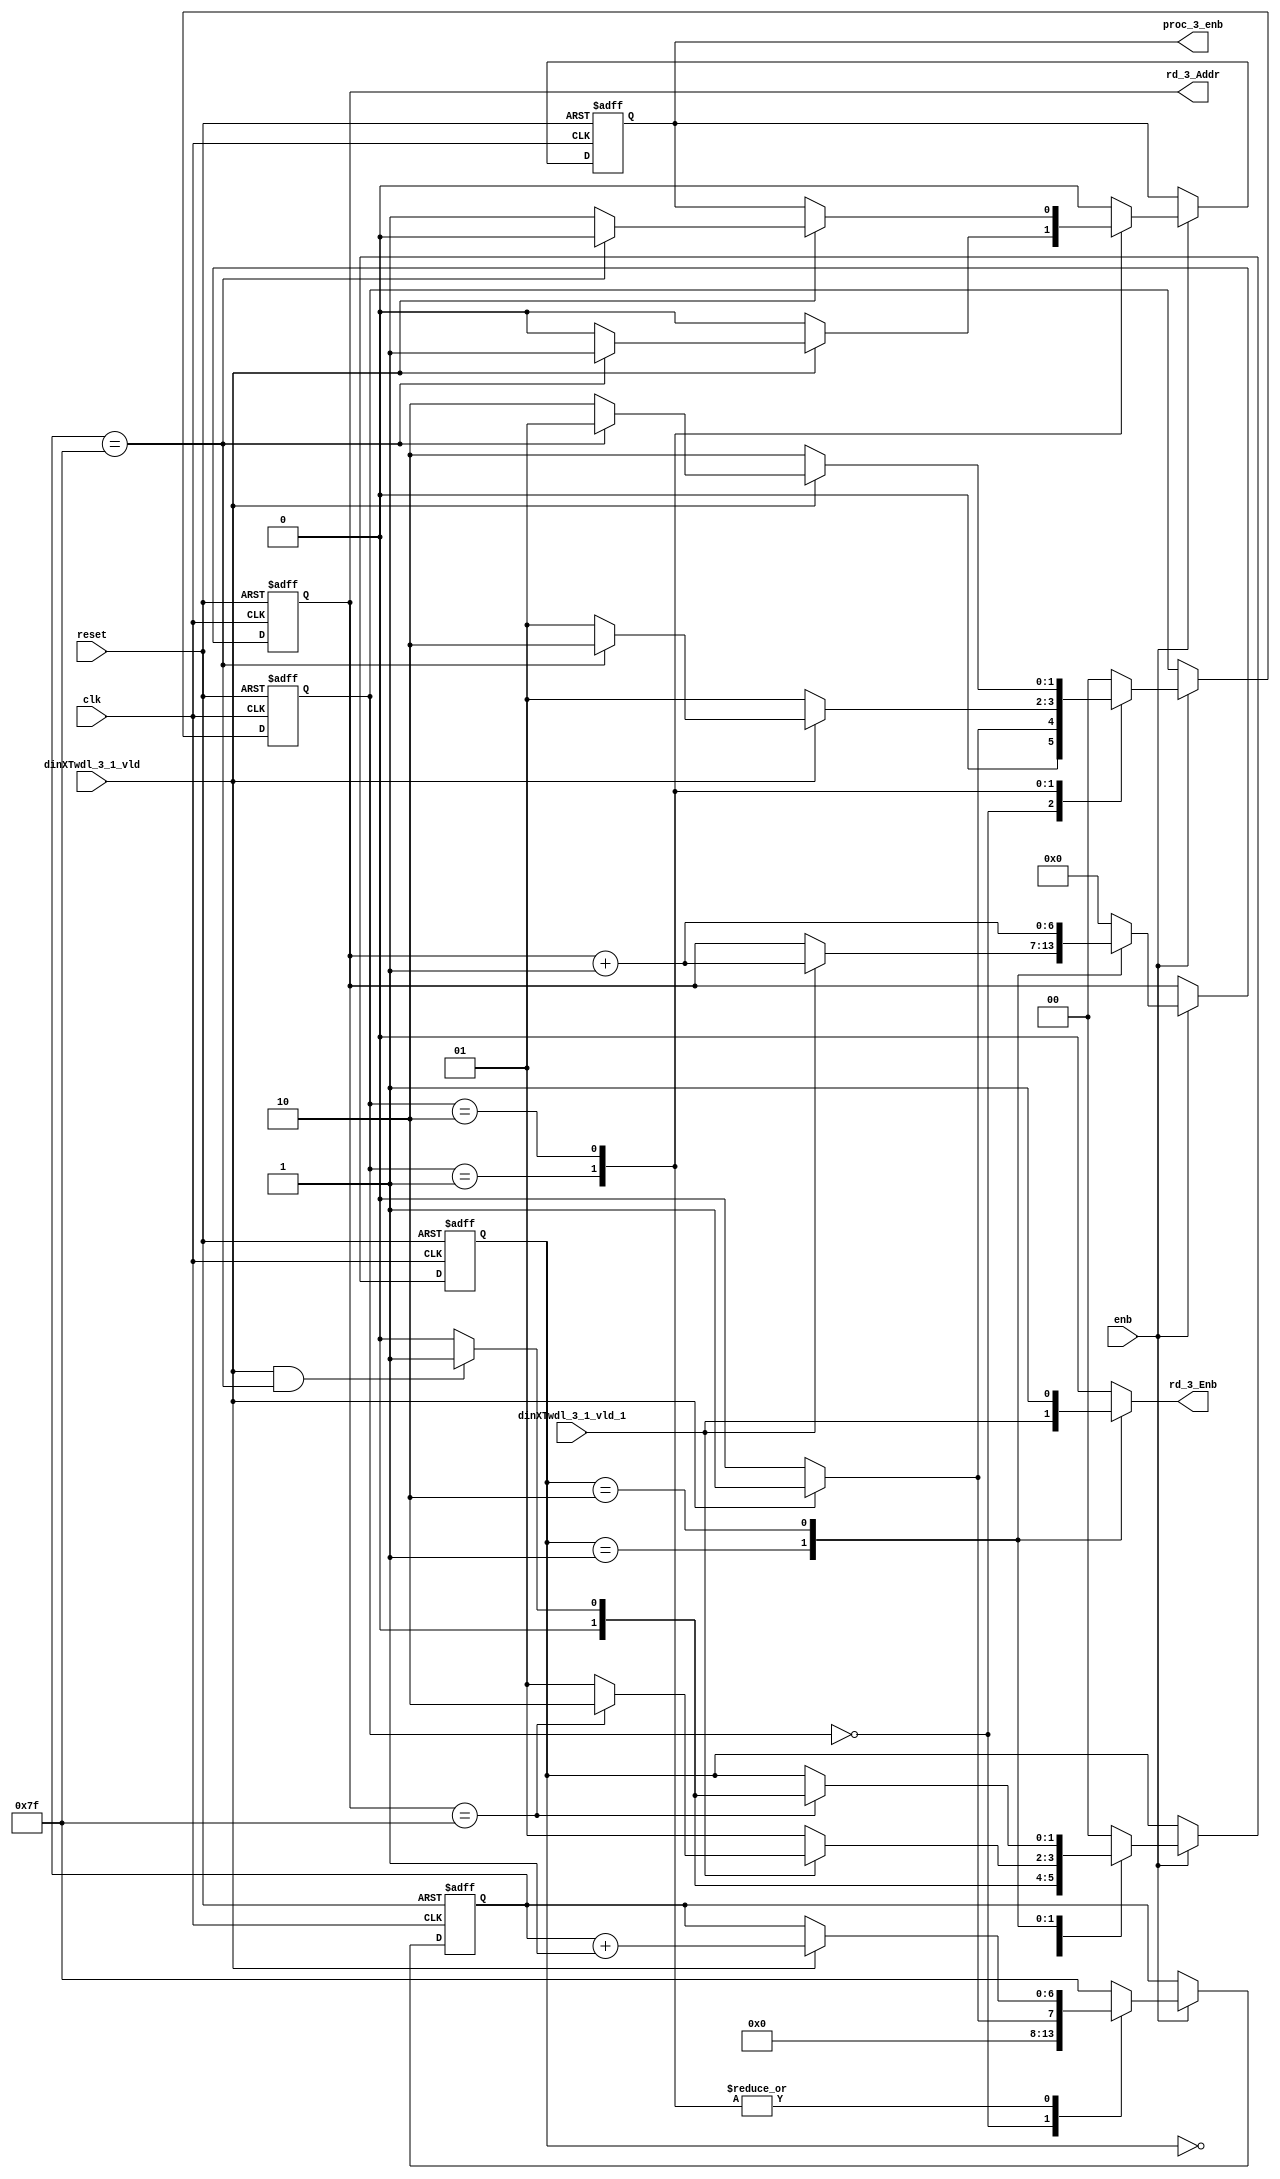
// -------------------------------------------------------------
// 
// 
// Generated by MATLAB 9.13 and HDL Coder 4.0
// 
// -------------------------------------------------------------


// -------------------------------------------------------------
// 
// Module: RADIX22FFT_CTRL1_3
// Source Path: tb_FFT/DUT/FFT/RADIX22FFT_CTRL1_3
// Hierarchy Level: 2
// 
// -------------------------------------------------------------

`timescale 1 ns / 1 ns

module RADIX22FFT_CTRL1_3
          (clk,
           reset,
           enb,
           dinXTwdl_3_1_vld,
           dinXTwdl_3_1_vld_1,
           rd_3_Addr,
           rd_3_Enb,
           proc_3_enb);


  input   clk;
  input   reset;
  input   enb;
  input   dinXTwdl_3_1_vld;
  input   dinXTwdl_3_1_vld_1;
  output  [6:0] rd_3_Addr;  // ufix7
  output  rd_3_Enb;
  output  proc_3_enb;


  reg [6:0] SDFController_wrCount;  // ufix7
  reg [1:0] SDFController_wrState;  // ufix2
  reg [1:0] SDFController_rdState;  // ufix2
  reg [6:0] SDFController_rdAddr_reg;  // ufix7
  reg  SDFController_procEnb_reg;
  reg [1:0] SDFController_multjState;  // ufix2
  reg  SDFController_multiply_J_reg;
  reg [6:0] SDFController_wrCount_next;  // ufix7
  reg [1:0] SDFController_wrState_next;  // ufix2
  reg [1:0] SDFController_rdState_next;  // ufix2
  reg [6:0] SDFController_rdAddr_reg_next;  // ufix7
  reg  SDFController_procEnb_reg_next;
  reg [1:0] SDFController_multjState_next;  // ufix2
  reg  SDFController_multiply_J_reg_next;
  reg [6:0] rd_3_Addr_1;  // ufix7
  reg  rd_3_Enb_1;
  reg  proc_3_enb_1;
  reg  multiply_3_J;


  // SDFController
  always @(posedge clk or posedge reset)
    begin : SDFController_process
      if (reset == 1'b1) begin
        SDFController_wrCount <= 7'b0000000;
        SDFController_rdAddr_reg <= 7'b0000000;
        SDFController_wrState <= 2'b00;
        SDFController_rdState <= 2'b00;
        SDFController_multjState <= 2'b00;
        SDFController_procEnb_reg <= 1'b0;
        SDFController_multiply_J_reg <= 1'b0;
      end
      else begin
        if (enb) begin
          SDFController_wrCount <= SDFController_wrCount_next;
          SDFController_wrState <= SDFController_wrState_next;
          SDFController_rdState <= SDFController_rdState_next;
          SDFController_rdAddr_reg <= SDFController_rdAddr_reg_next;
          SDFController_procEnb_reg <= SDFController_procEnb_reg_next;
          SDFController_multjState <= SDFController_multjState_next;
          SDFController_multiply_J_reg <= SDFController_multiply_J_reg_next;
        end
      end
    end

  always @(SDFController_multiply_J_reg, SDFController_multjState,
       SDFController_procEnb_reg, SDFController_rdAddr_reg,
       SDFController_rdState, SDFController_wrCount, SDFController_wrState,
       dinXTwdl_3_1_vld, dinXTwdl_3_1_vld_1) begin
    SDFController_wrCount_next = SDFController_wrCount;
    SDFController_wrState_next = SDFController_wrState;
    SDFController_rdState_next = SDFController_rdState;
    SDFController_rdAddr_reg_next = SDFController_rdAddr_reg;
    SDFController_procEnb_reg_next = SDFController_procEnb_reg;
    SDFController_multjState_next = SDFController_multjState;
    SDFController_multiply_J_reg_next = SDFController_multiply_J_reg;
    case ( SDFController_multjState)
      2'b00 :
        begin
          SDFController_multjState_next = 2'b00;
          SDFController_multiply_J_reg_next = 1'b0;
          if (SDFController_rdState == 2'b01) begin
            SDFController_multjState_next = 2'b01;
          end
        end
      2'b01 :
        begin
          SDFController_multiply_J_reg_next = 1'b0;
          if (SDFController_rdState == 2'b10) begin
            SDFController_multjState_next = 2'b10;
          end
        end
      2'b10 :
        begin
          SDFController_multiply_J_reg_next = 1'b0;
          if (SDFController_rdState == 2'b01) begin
            SDFController_multjState_next = 2'b11;
            SDFController_multiply_J_reg_next = 1'b1;
          end
        end
      2'b11 :
        begin
          if (SDFController_rdState == 2'b01) begin
            SDFController_multjState_next = 2'b11;
            SDFController_multiply_J_reg_next = 1'b1;
          end
          else begin
            SDFController_multiply_J_reg_next = 1'b0;
            SDFController_multjState_next = 2'b00;
          end
        end
      default :
        begin
          SDFController_multjState_next = 2'b00;
          SDFController_multiply_J_reg_next = 1'b0;
        end
    endcase
    case ( SDFController_rdState)
      2'b00 :
        begin
          SDFController_rdState_next = 2'b00;
          SDFController_rdAddr_reg_next = 7'b0000000;
          rd_3_Enb_1 = 1'b0;
          if (dinXTwdl_3_1_vld && (SDFController_wrCount == 7'b1111111)) begin
            SDFController_rdState_next = 2'b01;
          end
        end
      2'b01 :
        begin
          SDFController_rdState_next = 2'b01;
          rd_3_Enb_1 = dinXTwdl_3_1_vld_1;
          if (dinXTwdl_3_1_vld_1) begin
            if (SDFController_rdAddr_reg == 7'b1111111) begin
              SDFController_rdState_next = 2'b10;
            end
            SDFController_rdAddr_reg_next = SDFController_rdAddr_reg + 7'b0000001;
          end
        end
      2'b10 :
        begin
          rd_3_Enb_1 = 1'b1;
          if (SDFController_rdAddr_reg == 7'b1111111) begin
            if (dinXTwdl_3_1_vld && (SDFController_wrCount == 7'b1111111)) begin
              SDFController_rdState_next = 2'b01;
            end
            else begin
              SDFController_rdState_next = 2'b00;
            end
          end
          SDFController_rdAddr_reg_next = SDFController_rdAddr_reg + 7'b0000001;
        end
      default :
        begin
          SDFController_rdState_next = 2'b00;
          SDFController_rdAddr_reg_next = 7'b0000000;
          rd_3_Enb_1 = 1'b0;
        end
    endcase
    case ( SDFController_wrState)
      2'b00 :
        begin
          SDFController_wrState_next = 2'b00;
          SDFController_wrCount_next = 7'b0000000;
          SDFController_procEnb_reg_next = 1'b0;
          if (dinXTwdl_3_1_vld) begin
            SDFController_wrState_next = 2'b01;
            SDFController_wrCount_next = 7'b0000001;
          end
        end
      2'b01 :
        begin
          SDFController_wrState_next = 2'b01;
          SDFController_procEnb_reg_next = 1'b0;
          if (dinXTwdl_3_1_vld) begin
            if (SDFController_wrCount == 7'b1111111) begin
              SDFController_wrState_next = 2'b10;
              SDFController_procEnb_reg_next = 1'b1;
            end
            else begin
              SDFController_wrState_next = 2'b01;
            end
            SDFController_wrCount_next = SDFController_wrCount + 7'b0000001;
          end
        end
      2'b10 :
        begin
          SDFController_wrState_next = 2'b10;
          if (dinXTwdl_3_1_vld) begin
            if (SDFController_wrCount == 7'b1111111) begin
              SDFController_wrState_next = 2'b01;
              SDFController_procEnb_reg_next = 1'b0;
            end
            else begin
              SDFController_wrState_next = 2'b10;
              SDFController_procEnb_reg_next = 1'b1;
            end
            SDFController_wrCount_next = SDFController_wrCount + 7'b0000001;
          end
        end
      default :
        begin
          SDFController_wrState_next = 2'b00;
          SDFController_wrCount_next = 7'b1111111;
          SDFController_procEnb_reg_next = 1'b0;
        end
    endcase
    rd_3_Addr_1 = SDFController_rdAddr_reg;
    proc_3_enb_1 = SDFController_procEnb_reg;
    multiply_3_J = SDFController_multiply_J_reg;
  end



  assign rd_3_Addr = rd_3_Addr_1;

  assign rd_3_Enb = rd_3_Enb_1;

  assign proc_3_enb = proc_3_enb_1;

endmodule  // RADIX22FFT_CTRL1_3